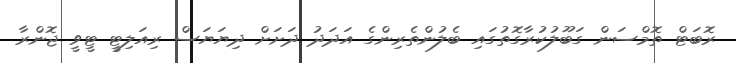
ރޮބަޓް ތޮމްސަން ގަބޫލުކުރާގޮތުގައި ބެލުންތެރިންގެ އަދަދު ދަށަށް ދިޔަޔަސް ރިއަލިޓީ ޓީވީ ޖޮންރާ